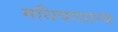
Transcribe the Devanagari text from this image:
मधिवाधान्य